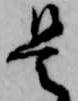
是